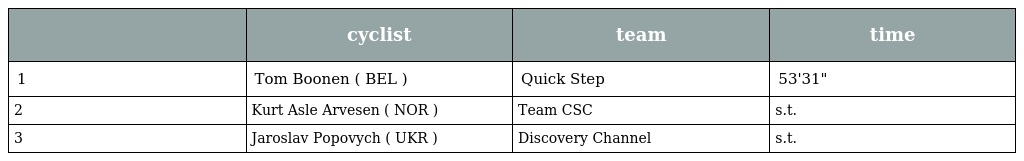
|  | cyclist | team | time |
 | --- | --- | --- | --- |
 | 1 | Tom Boonen ( BEL ) | Quick Step | 53'31" |
 | 2 | Kurt Asle Arvesen ( NOR ) | Team CSC | s.t. |
 | 3 | Jaroslav Popovych ( UKR ) | Discovery Channel | s.t. |